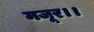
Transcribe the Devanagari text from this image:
मजूर।।